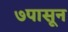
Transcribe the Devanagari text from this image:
७पासून